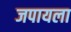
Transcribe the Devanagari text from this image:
जपायला